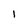
Character: 1